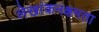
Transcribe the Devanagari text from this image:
लेखांकनक्षमता